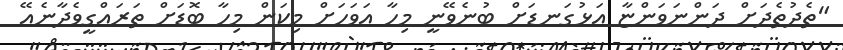
"ތެދުތެދަށް ދަންނަވަންޏާ އަޅުގަނޑަށް ބުނެވޭނީ މިހާ އަވަހަށް މިކަން މިހާ ބޮޑަށް ތަރައްގީވެދާނެއޭ